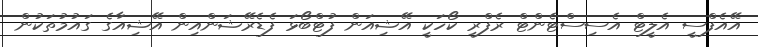
އޭއެފްސީ އެލީޓް އެސިސްޓެންޓް ރެފްރީ ކޯހަކީ އޭޝިއަން ފުޓްބޯޅަ ފެޑެރޭޝަންއިން އޭޝިއާގެ ގައުމުތަކުން